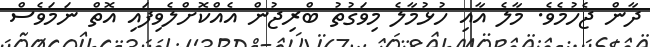
ދާން ޖެހުމެވެ. މާލެ އާއި ހުޅުމާލެ މިވަގުތު ބްރިޖުން އެއްކޮށްލެވިފައި އޮތް ނަމަވެސް